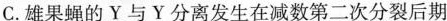
C. 雄果蝇的Y与Y分离发生在减数第二次分裂后期